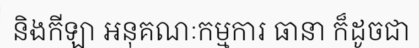
និងកីឡា អនុគណៈកម្មការ ធានា ក៏ដូចជា